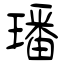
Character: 璠